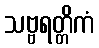
သဗ္ဗရတ္တိကံ